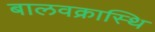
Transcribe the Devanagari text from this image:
बालवक्रास्थि